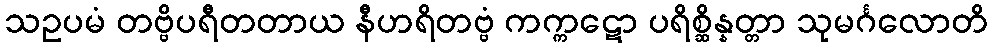
သဥပမံ တဗ္ဗိပရီတတာယ နီဟရိတဗ္ဗံ ကက္ကဋော ပရိစ္ဆိန္နတ္တာ သုမင်္ဂလောတိ